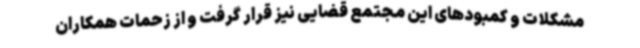
مشکلات و کمبودهای این مجتمع قضایی نیز قرار گرفت و از زحمات همکاران